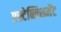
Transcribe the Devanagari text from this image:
एस्टेब्लिशमेंट